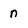
Character: n